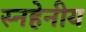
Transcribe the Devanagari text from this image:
स्नहेनीय